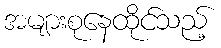
အများစုနေထိုင်သည့်